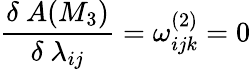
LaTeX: \frac{\delta~A(M_{3})}{\delta~\lambda_{ij}}=\omega_{ijk}^{(2)}=0